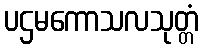
ပဌမကောသလသုတ္တံ